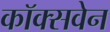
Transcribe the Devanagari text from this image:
कॉक्सवेन